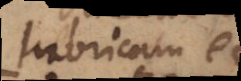
lubricam et